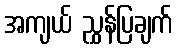
အကျယ် ညွှန်ပြချက်